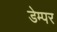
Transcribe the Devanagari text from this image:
डेम्पर